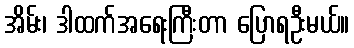
အိမ်း၊ ဒါထက်အရေးကြီးတာ ပြောရဦးမယ်။